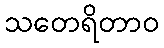
သတေရိတာဝ